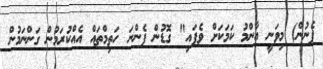
ފެނުން) މިވަނީ އާންމު ކަމަކަށް ވެފައި" ގޮޑުން ފެންނަ ހަތިމްތައް އެއްކުރަމުން ގަންނަމުން